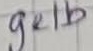
Text: gelb